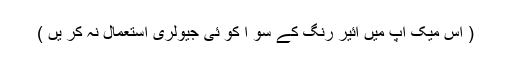
( اس میک اپ میں ائیر رنگ کے سو ا کو ئی جیولری استعمال نہ کر یں )